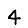
Digit: 4